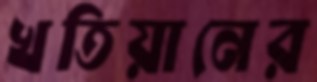
খতিয়ানের